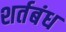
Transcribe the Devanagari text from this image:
शर्तबंध